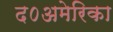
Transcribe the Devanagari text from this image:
द०अमेरिका